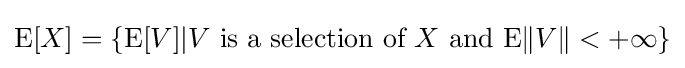
\mathrm {E} [X]=\{\mathrm {E} [V]|V{\mbox{ is a selection of }}X{\mbox{ and }}\mathrm {E} \|V\|<+\infty \}